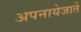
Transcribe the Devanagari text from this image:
अपनायेजाते